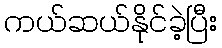
ကယ်ဆယ်နိုင်ခဲ့ပြီး